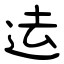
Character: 迲